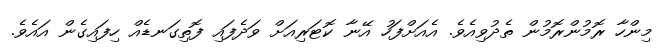
މިންހާ ރޮމުންރޮމުން ތެދުވިއެވެ. އެއަށްފަހު އޭނާ ކޮޓަރިއަށް ވަދެފައި ފޮތިގަނޑެއް ހިފައިގެން އައެވެ.